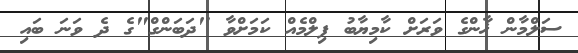
ސަލްމާން ޚާންގެ ވަރަށް ކާމިޔާބު ފިލްމެއް ކަމަށްވާ "ދަބަންގް"ގެ ދެ ވަނަ ބައި